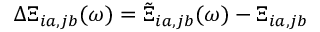
\Delta \Xi _ { i a , j b } ( \omega ) = \Tilde { \Xi } _ { i a , j b } ( \omega ) - \Xi _ { i a , j b }